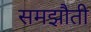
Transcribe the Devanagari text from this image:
समझौती